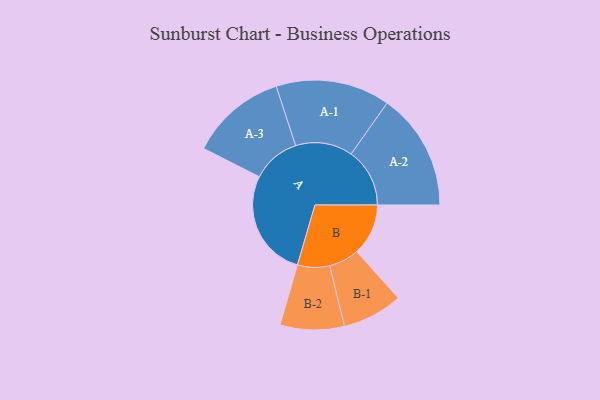
{"axis": {"x": "Segment", "y": "Value"}, "legend": ["", "A", "B"], "data": [{"x": "A", "y": 443, "type": ""}, {"x": "B", "y": 212, "type": ""}, {"x": "A-1", "y": 235, "type": "A"}, {"x": "A-2", "y": 241, "type": "A"}, {"x": "A-3", "y": 198, "type": "A"}, {"x": "B-1", "y": 124, "type": "B"}, {"x": "B-2", "y": 132, "type": "B"}]}